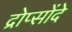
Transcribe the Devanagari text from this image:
द्रोप्सोंदे